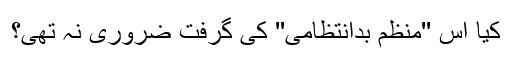
کیا اس ''منظم بدانتظامی'' کی گرفت ضروری نہ تھی؟